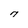
Character: 7